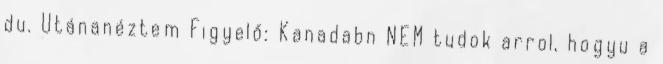
du. Utánanéztem Figyelő: Kanadabn NEM tudok arrol, hogyu a